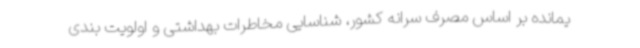
یمانده بر اساس مصرف سرانه کشور، شناسایی مخاطرات بهداشتی و اولویت بندی